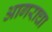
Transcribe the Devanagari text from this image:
आगराचा